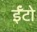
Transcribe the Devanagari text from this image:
ईँटो